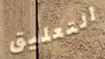
التعليق